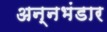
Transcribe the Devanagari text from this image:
अन्नभंडार